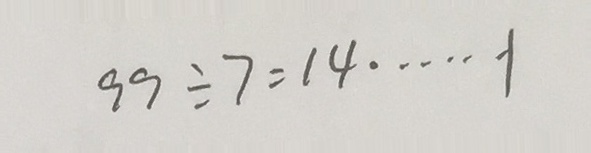
9 9 \div 7 = 1 4 \cdots 1